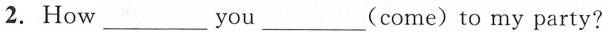
2.How___you___(come)to my party?